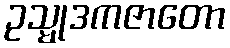
ဥသ္မုဒကဇာတော